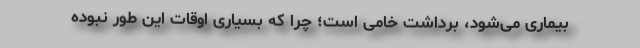
بیماری می‌شود، برداشت خامی است؛ چرا که بسیاری اوقات این طور نبوده